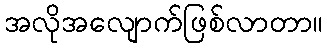
အလိုအလျောက်ဖြစ်လာတာ။